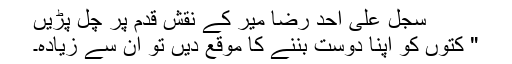
سجل علی احد رضا میر کے نقشِ قدم پر چل پڑیں
" کتوں کو اپنا دوست بننے کا موقع دیں تو ان سے زیادہ۔